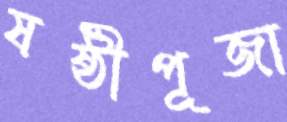
ষষ্ঠীপূজা